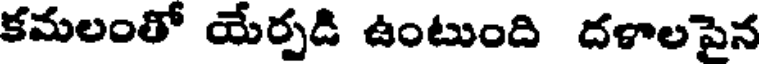
కమలంతో యేర్పడి ఉంటుంది దళాలపైన